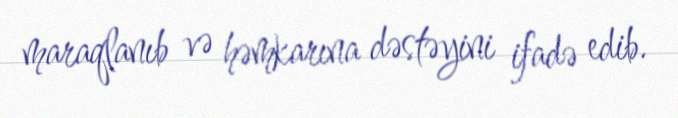
maraqlanıb və həmkarına dəstəyini ifadə edib.